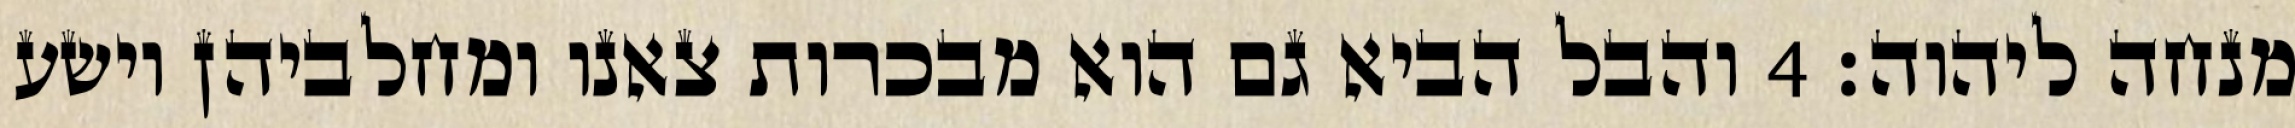
מנחה ליהוה׃ ‎4‏ והבל הביא גם הוא מבכרות צאנו ומחלביהן וישע